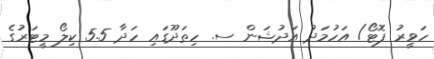
ހަވީރު ފޮޓޯ/ އަހުމަދު އަދުޝަން ސ. ހިތަދޫގައި ހަދާ 5.5 ކިލޯ މީޓަރުގެ